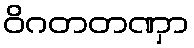
ဝိဂတတဏှာ